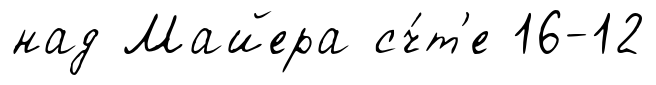
над Майера сч́т'е 16-12